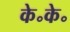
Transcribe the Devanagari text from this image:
के॰के॰